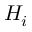
H _ { i }